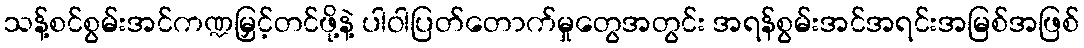
သန့်စင်စွမ်းအင်ကဏ္ဍမြှင့်တင်ဖို့နဲ့ ပါဝါပြတ်တောက်မှုတွေအတွင်း အရန်စွမ်းအင်အရင်းအမြစ်အဖြစ်